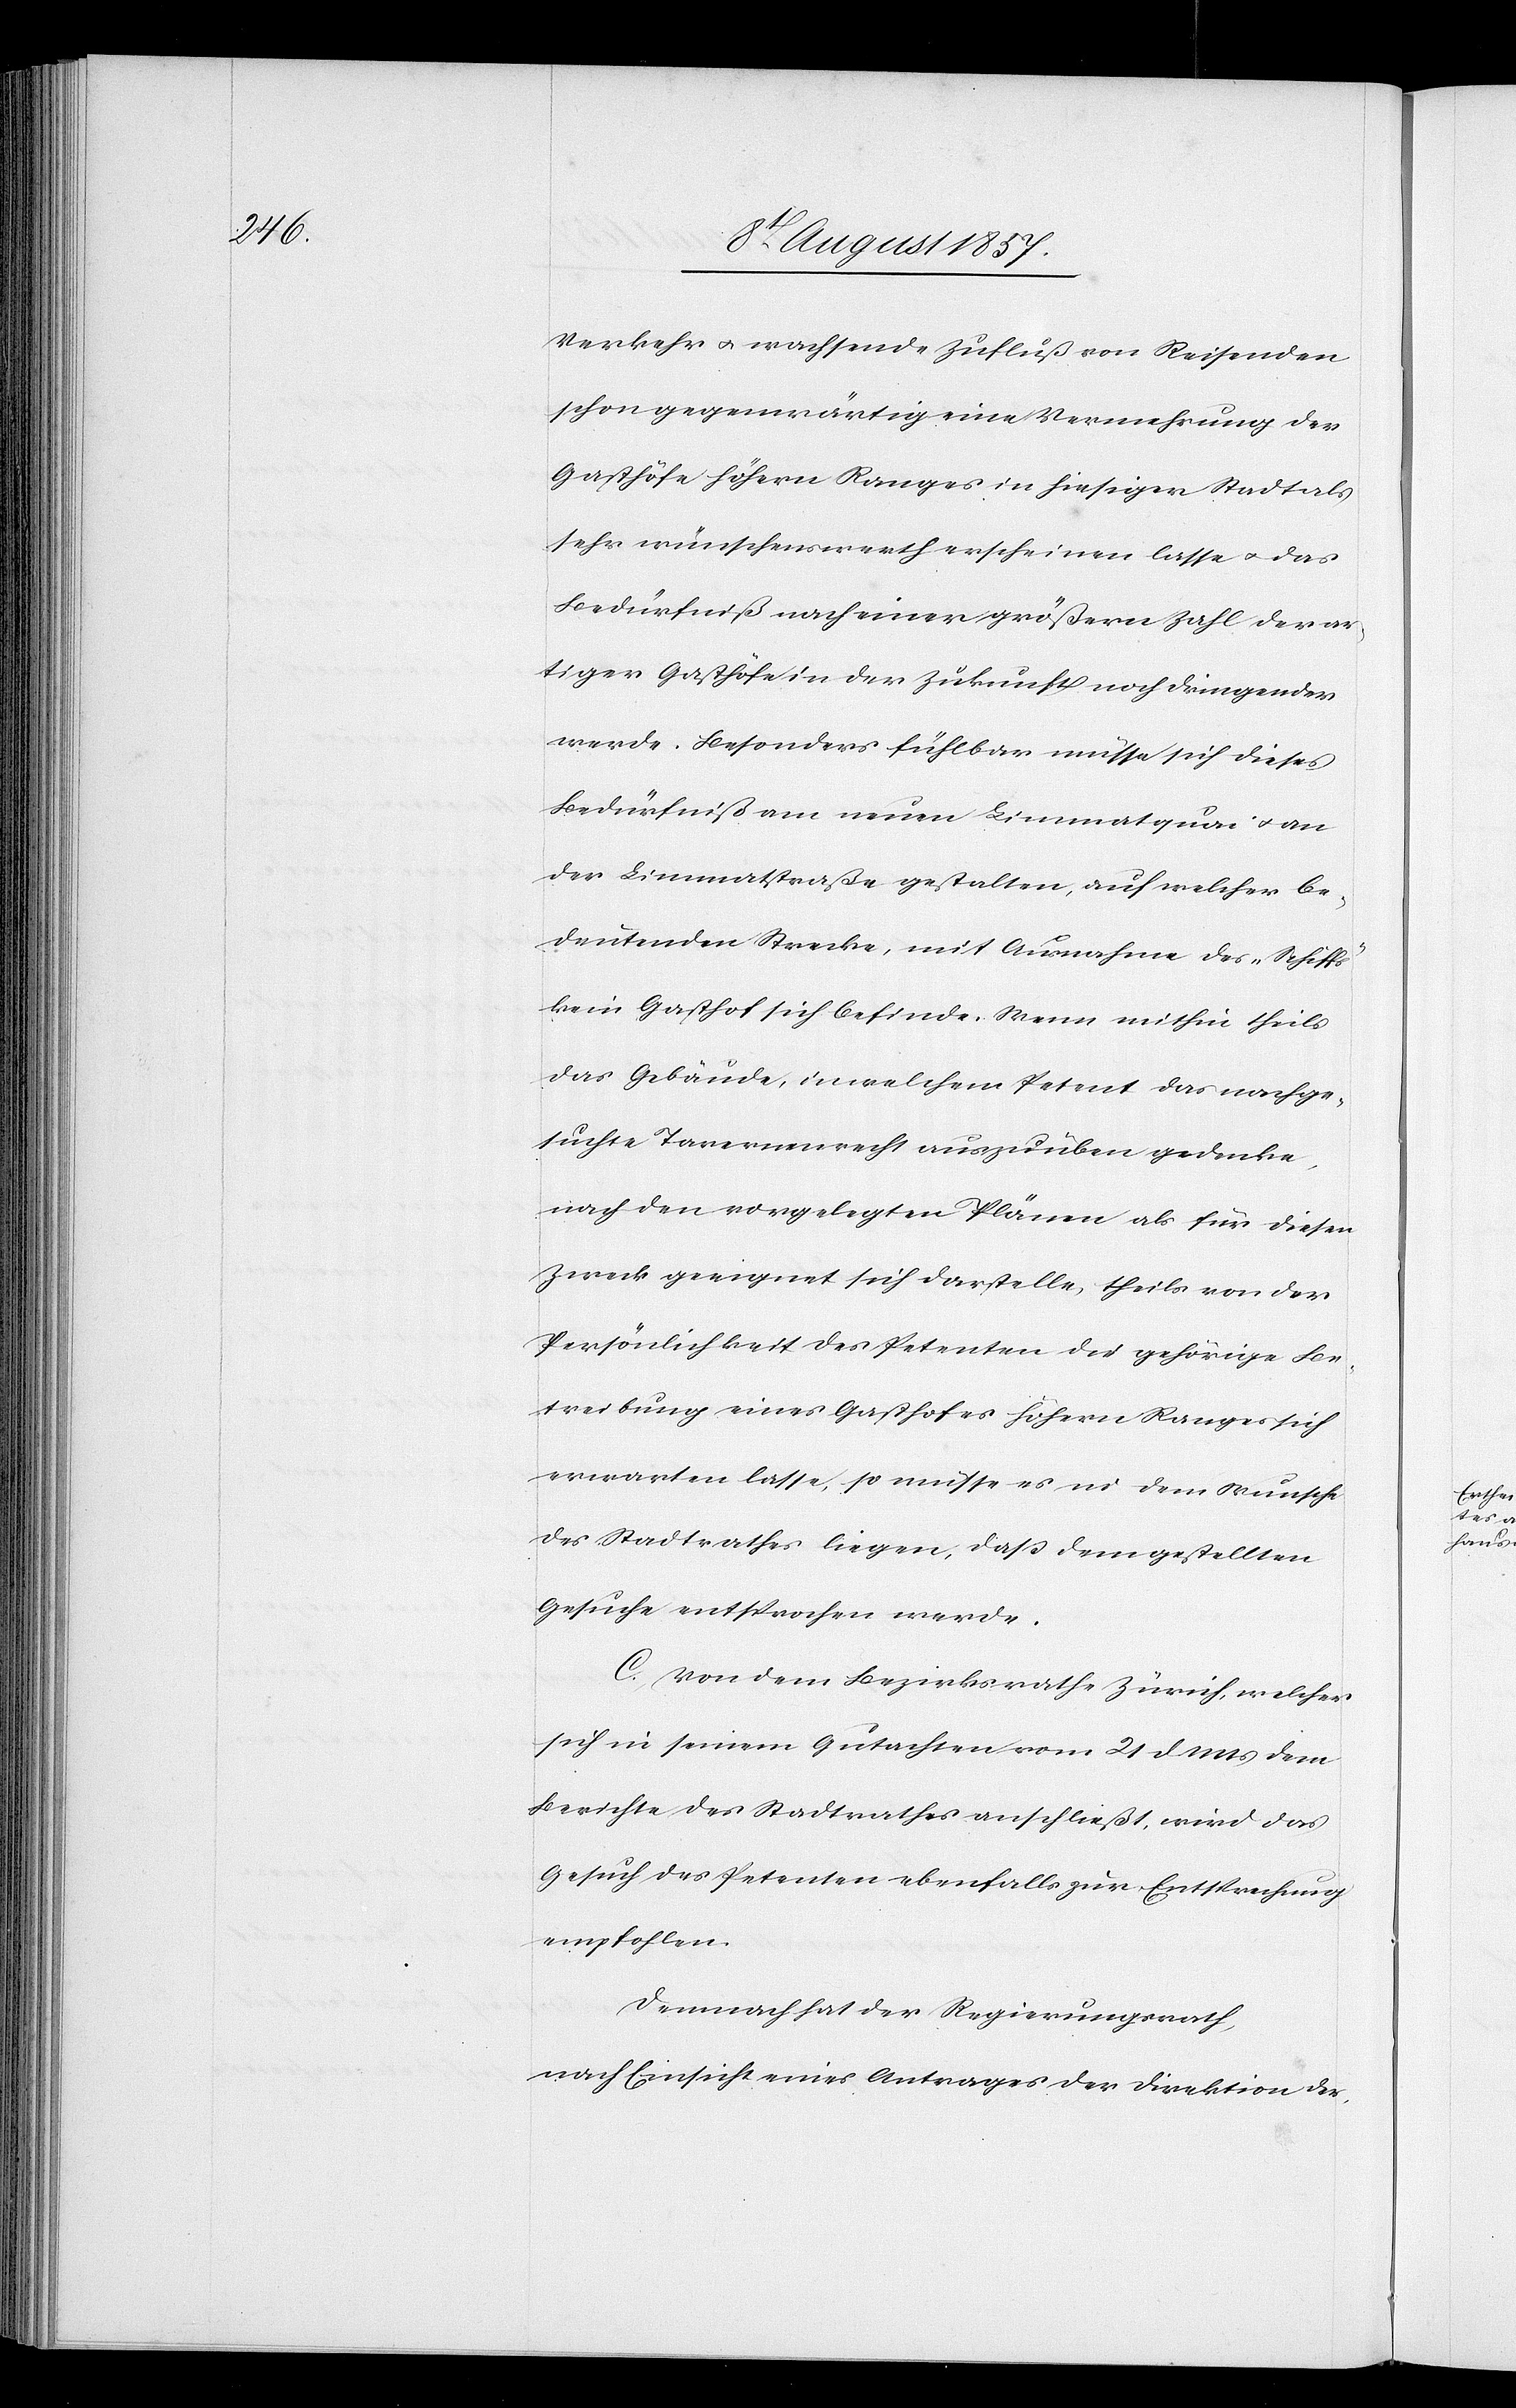
Verkehr & wachsende Zufluß von Reisenden
schon gegenwärtig eine Vermehrung der
Gasthöfe höhern Ranges in hiesiger Stadt als
sehr wünschenswerth erscheinen lasse & das
Bedürfniß nach einer größern Zahl derar¬
tiger Gasthöfe in der Zukunft noch dringender
werde. Besonders fühlbar müsse sich dieses
Bedürfniß am neuen Limmatquai & an
der Limmatstraße gestalten, auf welcher be¬
deutenden Strecke, mit Ausnahme des „Schiffs“
kein Gasthof sich befinde. Wenn mithin theils
das Gebäude, in welchem Petent das nachge¬
suchte Tavernenrecht auszuüben gedenke,
nach den vorgelegten Plänen als für diesen
Zweck geeignet sich darstelle, theils von der
Persönlichkeit des Petenten die gehörige Be¬
treibung eines Gasthofes höhern Ranges sich
erwarten lasse, so müsse es in dem Wunsche
des Stadtrathes liegen, daß dem gestellten
Gesuche entsprochen werde.
C. Von dem Bezirksrathe Zürich, welches
sich in seinem Gutachten vom 21 d. Mts. dem
Berichte des Stadtrathes anschließt, wird das
Gesuch des Petenten ebenfalls zur Entsprechung
empfohlen.
Demnach hat der Regierungsrath,
nach Einsicht eines Antrages der Direktion der